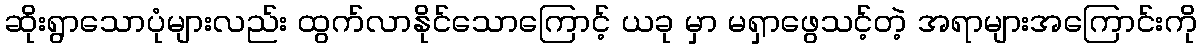
ဆိုးရွာသောပုံများလည်း ထွက်လာနိုင်သောကြောင့် ယခု မှာ မရှာဖွေသင့်တဲ့ အရာများအကြောင်းကို